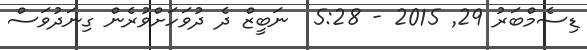
ޑިސެމްބަރު 29